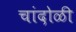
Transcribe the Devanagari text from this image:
चांदोळी